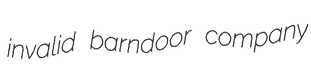
invalid barndoor company